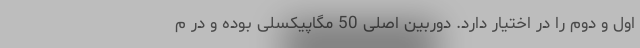
اول و دوم را در اختیار دارد. دوربین اصلی 50 مگاپیکسلی بوده و در م